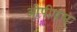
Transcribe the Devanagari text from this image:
ओपीयम